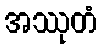
အဿုတံ